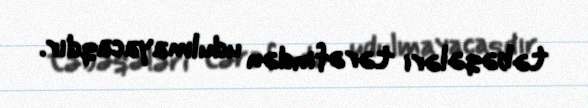
təbəqələri tərəfindən udulmayacaqdır.